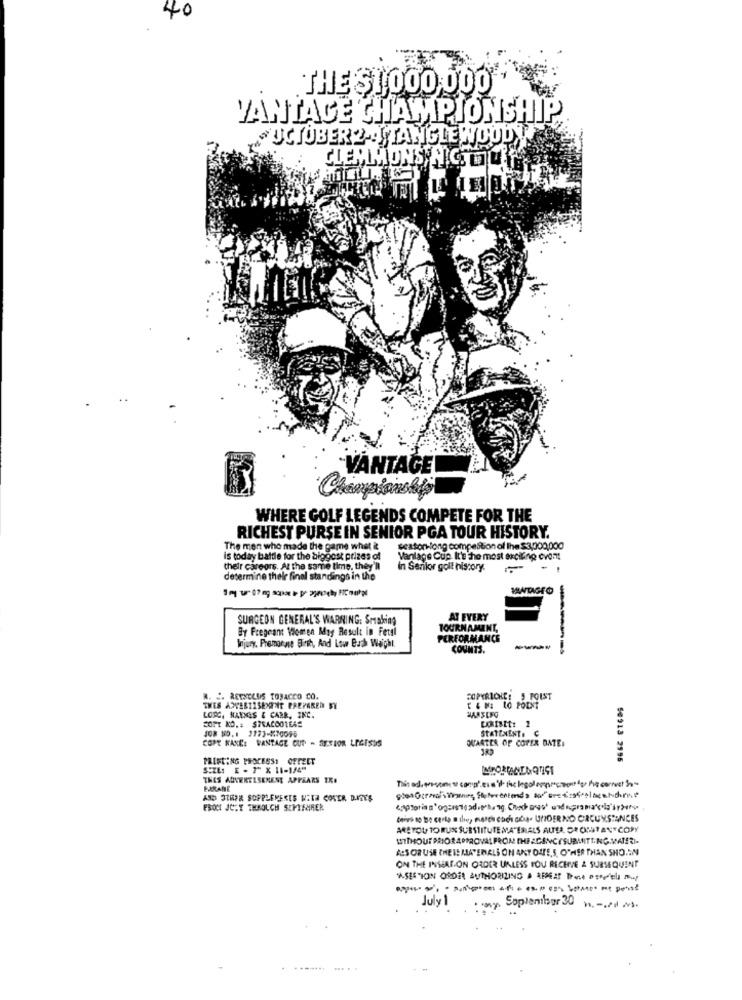
40
THE $1 000 000
VANTAGE CHAMPIONSHIP
# UCIOBER 2 : TANGLEWOOD TI
CLEMMONSIN COLET?
-VANTAGE
Championship
WHERE GOLF LEGENDS COMPETE FOR THE
RICHEST PURSE IN SENIOR PGA TOUR HISTORY.
The men who made the game what it
seatonlong compeltion of The $3,000,000
is today battle for the biggest prizes of
Vanlage Cup. It's the most exciting cvont
their careors. At the same time, they'll
in Senior golf history.
- .
determine their final standings in the
MANDAGTO
SURGEON GENERAL'S WARNING: Smaking
AT EVERY
By Fregeant Women May Result in Fetal
TOURNAMENT,
PERFORMANCE
Injury, Premarase Birth, And Lour Buch Weight.
COUNTS.
---
----
R. S. RECHOLDS TOBACCO CO.
COPYRIONE: 5 FOIST
9662 ETÇOS
THES AWEBILSENINT PREPARED BY
[ & ME LO POINT
LOPC, NAINGS & CARR, INC.
COIMit: 1
COPY ND.# STRACOOTEAS
JO8 NO. 1 1773-470096
STATEMENT. C
COPE KANKE VANTAGE CUP - SESIOR LICISSS
QUARTER OF COPER DATE:
PRINTING PROCESSI OFFEET
SIZE: E - 7" X 11-1/4"
THES AUNERELSENENE APPEARS IK.
PARAME
AND OTHER SOPPLEVERES WITH COVER DITES
FROM JULY THAOLCH SEPTEMBER
deivi to be certo a ilie, merci coch aba. UNDER NO CIRCUMSTANCES
AREYOU TO RUN SUBSTITUTE MATERIALS ALTER, OR OMAT ANTCOPY
BESORUSE THEIS MAYERALS ON ANT OUTE,5, O"HIER THAN SHO.IN
ON THE INSAT ON ORDER UNLESS YOU RECHTE & SUBSEQUENT
"ASESSION ORDER AUTHORIZING A REPEAT Done ostpela muy
July 1
ny. September 30 no. -. ## #$.
....... ... . .